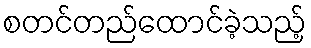
စတင်တည်ထောင်ခဲ့သည့်